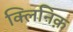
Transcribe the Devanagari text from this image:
क्लिनिक़